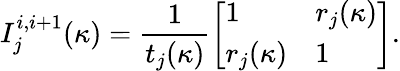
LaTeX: I_{j}^{i,i+1}(\kappa)=\frac{1}{t_{j}(\kappa)}\left[\begin{array}{ll}{1}&{r_{j}(\kappa)}\\ {r_{j}(\kappa)}&{1}\end{array}\right].